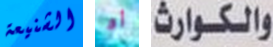
الشنيعة أو والكوارث